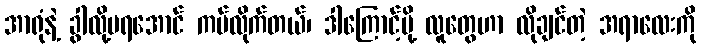
အာရုံနဲ့ ခွါလို့မရအောင် ကပ်လိုက်တယ်၊ ဒါကြောင့်မို့ လူတွေဟာ လိုချင်တဲ့ အရာလေးကို